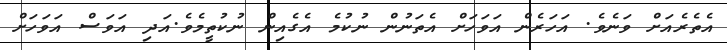
އެތެރެއަށް ވަނެވެ. އަހަރެން އަވަހަށް އެތަނުން ނުކުމެ އެގެއިން ނުކުތީމެވެ.އަދި އަވަސް އަވަހަށް